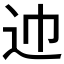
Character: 𰺱